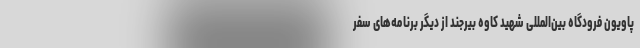
پاویون فرودگاه بین‌المللی شهید کاوه بیرجند از دیگر برنامه‌های سفر